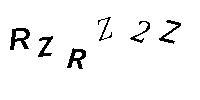
RZRZ2Z